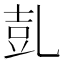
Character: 𠃸